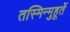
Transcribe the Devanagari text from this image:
तस्मिन्मुहूर्ते